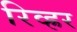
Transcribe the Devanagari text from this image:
रिव्ह्रर